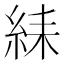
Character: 䋘